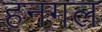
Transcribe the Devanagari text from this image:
हनगल